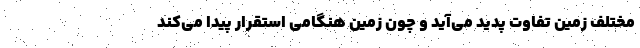
مختلف زمین تفاوت پدید می‌آید و چون زمین هنگامی استقرار پیدا می‌کند